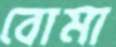
বোমা